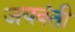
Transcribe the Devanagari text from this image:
जयवंती